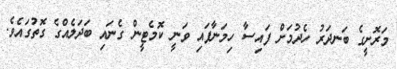
މަރޮށީގެ ބަނދަރު ހެދުމަށް ފައިސާ ހިމަނާފައި ވަނީ ކޮމެޓީން ގެނައި ބަދަލެއްގެ ގޮތުގައެވެ.